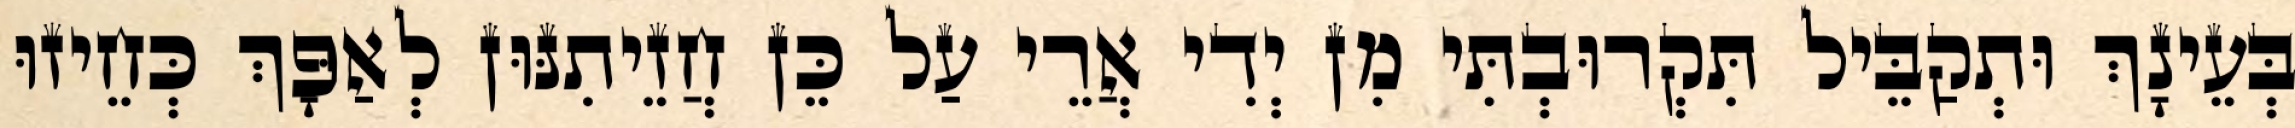
בְּעֵינָךְ וּתְקַבֵּיל תִּקְרוּבְתִּי מִן יְדִי אֲרֵי עַל כֵּן חֲזֵיתִנּוּן לְאַפָּךְ כְּחֵיזוּ